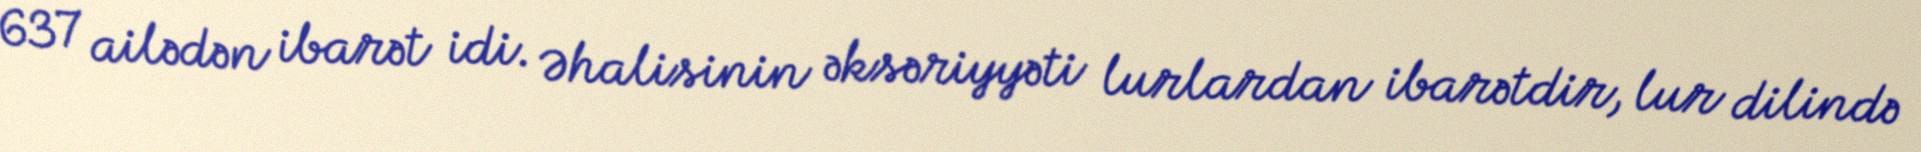
637 ailədən ibarət idi. Əhalisinin əksəriyyəti lurlardan ibarətdir, lur dilində